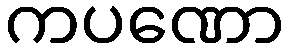
ကပဏော